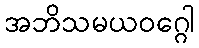
အဘိသမယဝဂ္ဂေါ